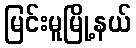
မြင်းမူမြို့နယ်